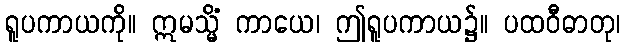
ရူပကာယကို။ ဣမသ္မိံ ကာယေ၊ ဤရူပကာယ၌။ ပထဝီဓာတု၊